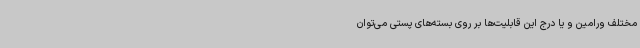
مختلف ورامین و یا درج این قابلیت‌ها بر روی بسته‌های پستی می‌توان